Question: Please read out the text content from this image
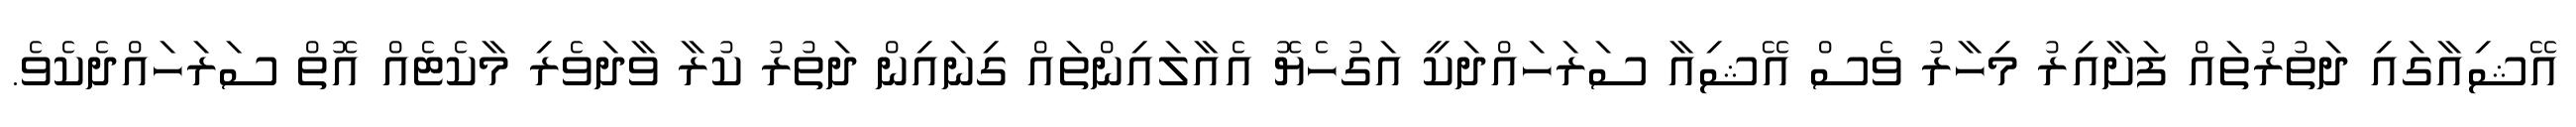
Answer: އޭޝިއާގައި ދަތުރުތައް ފަށާއިރު މިހާރު ވެސް އޭޝިއާ ސަރަހައްދަކީ އަގުހެޔޮ އެއާލައިންތައް ގިނައިން ދަތުރު ކުރާ ވާދަވެރި މާކެޓެއް އޮތް ސަރަހައްދެކެވެ.